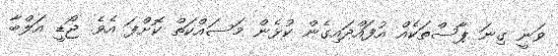
ވަނީ ގިނަ ޕާސްތަކެއް އުފައްދައިގެން ކުޅެން މަސައްކަތް ކޮށްފަ އެވެ. ޖޯޑީ އަލްބާ